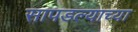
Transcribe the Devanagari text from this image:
सापडल्याच्या